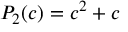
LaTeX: P _ { 2 } ( c ) = c ^ { 2 } + c